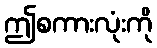
ဤစကားလုံးကို